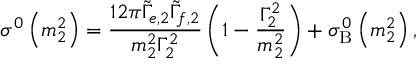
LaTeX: \sigma ^ { 0 } \left( m _ { 2 } ^ { 2 } \right) = \frac { 1 2 \pi \tilde { \Gamma } _ { e , 2 } \tilde { \Gamma } _ { f , 2 } } { m _ { 2 } ^ { 2 } \Gamma _ { 2 } ^ { 2 } } \left( 1 - \frac { \Gamma _ { 2 } ^ { 2 } } { m _ { 2 } ^ { 2 } } \right) + \sigma _ { \mathrm { B } } ^ { 0 } \left( m _ { 2 } ^ { 2 } \right) ,